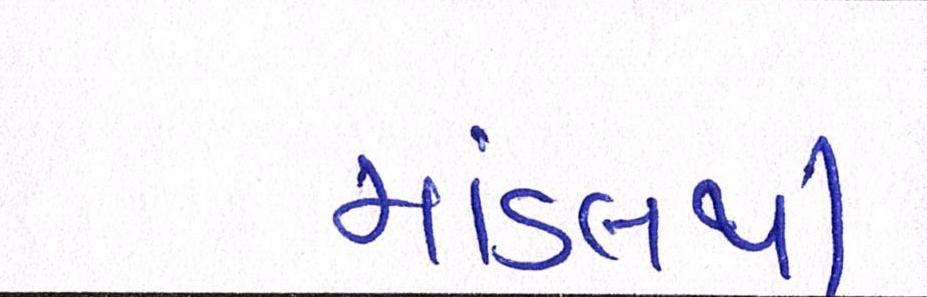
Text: માંડલથી